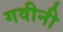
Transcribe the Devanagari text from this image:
गवीनी